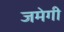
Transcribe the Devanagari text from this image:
जमेगी